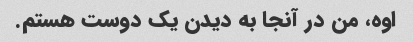
اوه، من در آنجا به دیدن یک دوست هستم.